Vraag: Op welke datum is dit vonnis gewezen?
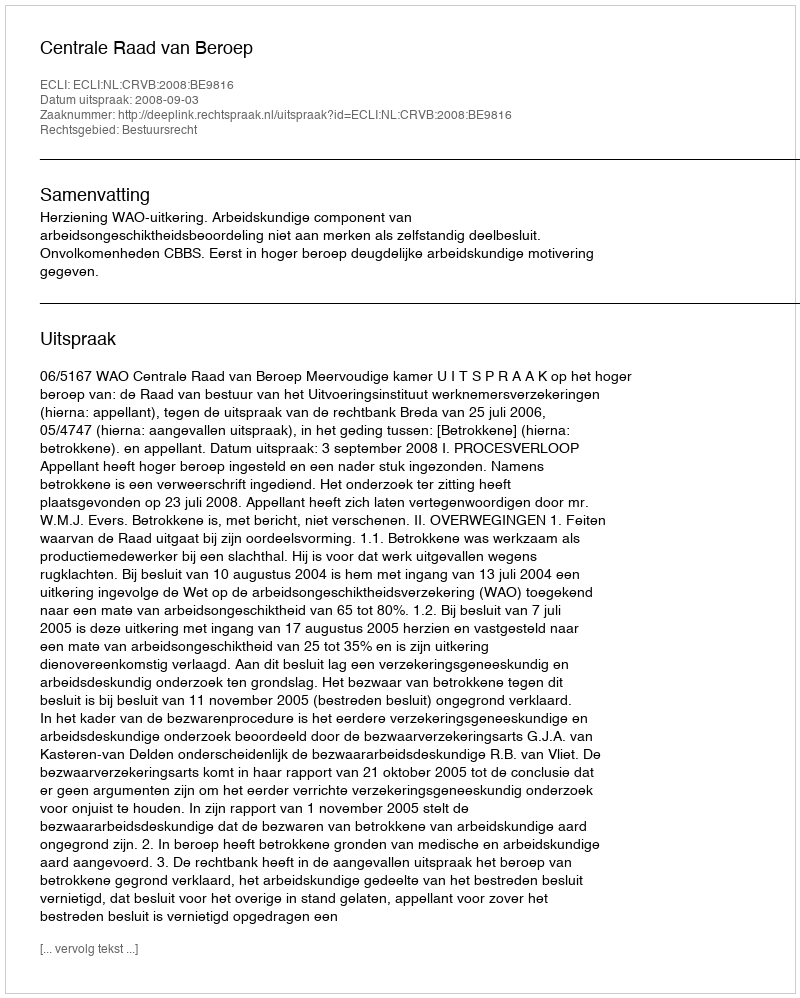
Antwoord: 2008-09-03